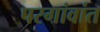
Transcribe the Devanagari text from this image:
परगांवांत